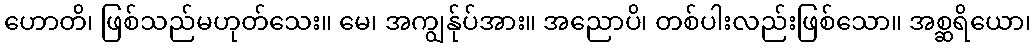
ဟောတိ၊ ဖြစ်သည်မဟုတ်သေး။ မေ၊ အကျွန်ုပ်အား။ အညောပိ၊ တစ်ပါးလည်းဖြစ်သော။ အစ္ဆရိယော၊